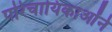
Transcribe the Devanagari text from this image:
परिचायिकाओंने